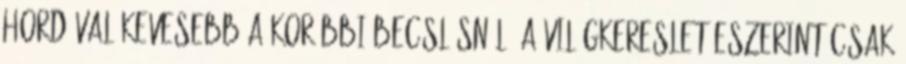
hordóval kevesebb a korábbi becslésnél. A világkereslet eszerint csak